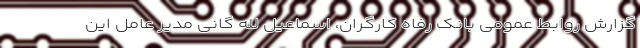
گزارش روابط عمومی بانک رفاه کارگران، اسماعیل لله گانی مدیر عامل این